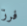
فرز